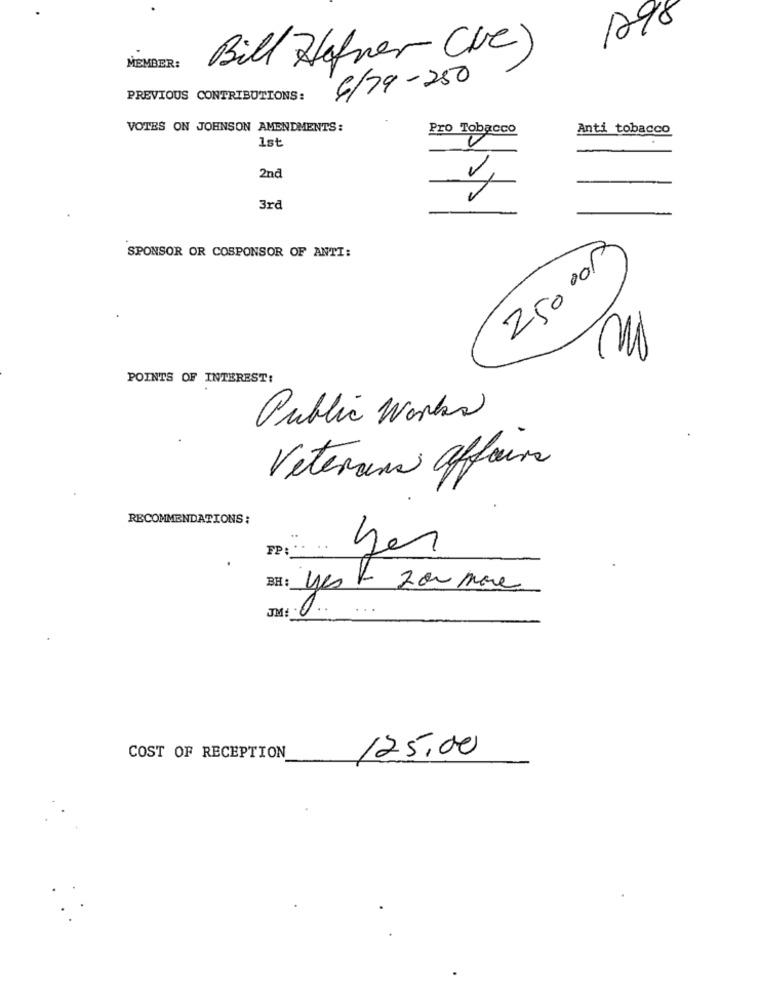
1798
Bill Hafner (ve)
MEMBER:
6179-250
PREVIOUS CONTRIBUTIONS:
VOTES ON JOHNSON AMENDMENTS:
Pro Tobacco
Anti tobacco
1st
2nd
3rd
SPONSOR OR COSPONSOR OF ANTI:
2500000
POINTS OF INTEREST:
Public Works
Veterans affairs
RECOMMENDATIONS :
5
FP:
BH : yest zoumare
JM
125,00
COST OF RECEPTION